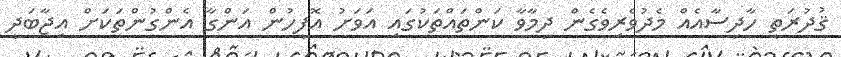
ޤުދުރަތީ ހާދިސާއެއް މެދުވެރިވެގެން ދިމާވާ ކަންތައްތަކުގައި އަވަށު އޮފީހުން އަންގާ އެންގުންތަކަށް އިޖާބަދީ